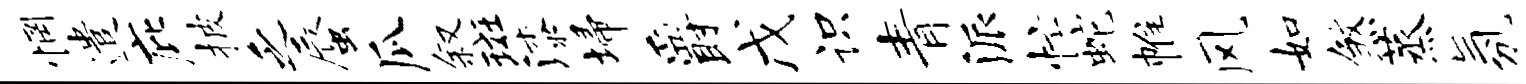
惘遣庇披乏蜃瓜叙斑漆埽爵戊识青派忙蛇帷风如煞蒸氛甘